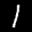
Label: 1